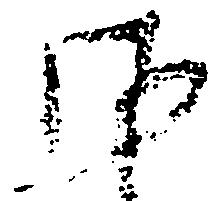
御